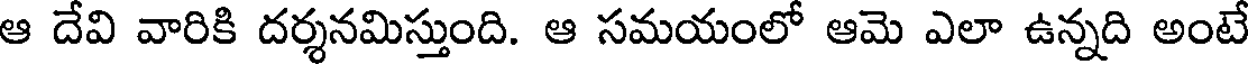
ఆ దేవి వారికి దర్శనమిస్తుంది. ఆ సమయంలో ఆమె ఎలా ఉన్నది అంటే